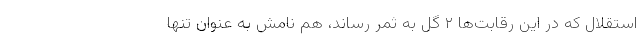
استقلال که در این رقابت‌ها ۲ گل به ثمر رساند، هم نامش به عنوان تنها